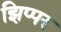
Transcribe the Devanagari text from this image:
झिप्पर